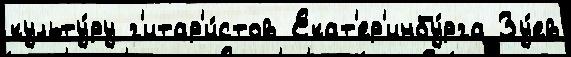
культу́ру г'итар'и́стов Екат'ер'инбу́рга Зу́ев